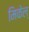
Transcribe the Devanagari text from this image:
मिकेल्